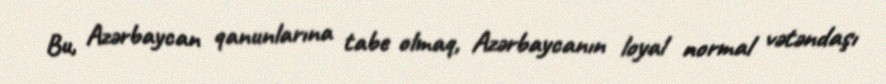
Bu, Azərbaycan qanunlarına tabe olmaq, Azərbaycanın loyal normal vətəndaşı